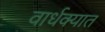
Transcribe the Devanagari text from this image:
वार्धक्यात